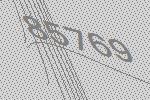
85769